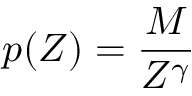
p ( Z ) = \frac { M } { Z ^ { \gamma } }